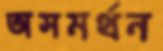
অসমর্থন